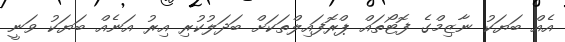
އެއް ބަޔަކު ނާޒިމްގެ ފޮޓޯތައް ޕްރޮފައިލްތަކަށް ބަދަލުކުރި އިރު އަނެއް ބަޔަކު ވަނީ